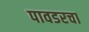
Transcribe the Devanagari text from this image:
पावडरचा